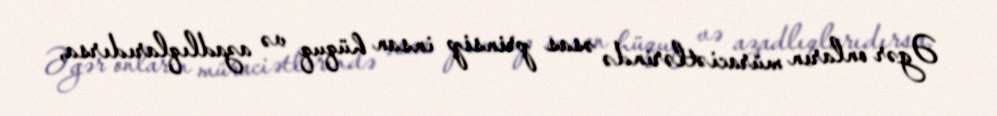
Əgər onların müraciətlərində əsas prinsip insan hüquq və azadlıqlarıdırsa,